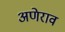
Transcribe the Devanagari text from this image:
अणेराव